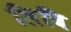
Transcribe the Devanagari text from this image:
लिबि